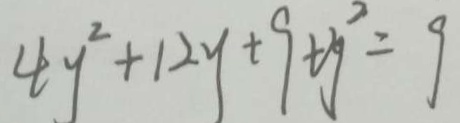
4 y ^ { 2 } + 1 2 y + 9 t y ^ { 2 } = 9